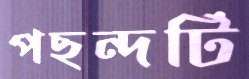
পছন্দটি